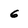
Character: 6